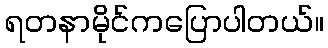
ရတနာမိုင်ကပြောပါတယ်။